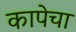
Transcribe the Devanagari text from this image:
कापेचा